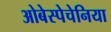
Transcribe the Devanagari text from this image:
ओबेस्पेचेनिया